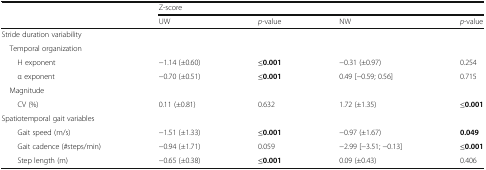
<table><thead><tr><td rowspan="2"></td><td colspan="4"><b>Z-score</b></td></tr><tr><td><b>UW</b></td><td><b><i>p</i>-value</b></td><td><b>NW</b></td><td><b><i>p</i>-value</b></td></tr></thead><tbody><tr><td colspan="5">Stride duration variability</td></tr><tr><td colspan="5"> Temporal organization</td></tr><tr><td>H exponent</td><td>−1.14 (±0.60)</td><td><b>≤0.001</b></td><td>−0.31 (±0.97)</td><td>0.254</td></tr><tr><td>α exponent</td><td>−0.70 (±0.51)</td><td><b>≤0.001</b></td><td>0.49 [−0.59; 0.56]</td><td>0.715</td></tr><tr><td colspan="5"> Magnitude</td></tr><tr><td>CV (%)</td><td>0.11 (±0.81)</td><td>0.632</td><td>1.72 (±1.35)</td><td><b>≤0.001</b></td></tr><tr><td colspan="5">Spatiotemporal gait variables</td></tr><tr><td>Gait speed (m/s)</td><td>−1.51 (±1.33)</td><td><b>≤0.001</b></td><td>−0.97 (±1.67)</td><td><b>0.049</b></td></tr><tr><td>Gait cadence (#steps/min)</td><td>−0.94 (±1.71)</td><td>0.059</td><td>−2.99 [−3.51; −0.13]</td><td><b>≤0.001</b></td></tr><tr><td>Step length (m)</td><td>−0.65 (±0.38)</td><td><b>≤0.001</b></td><td>0.09 (±0.43)</td><td>0.406</td></tr></tbody></table>